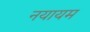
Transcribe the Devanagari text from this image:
नयायम